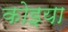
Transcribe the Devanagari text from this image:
कोइया